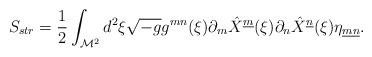
LaTeX: \begin{align*}S_{str}= {1 \over 2} \int_{{\cal M}^2} d^2 \xi \sqrt{-g} g^{mn}(\xi )\partial_m \hat{X}^{\underline{m}}(\xi ) \partial_n\hat{X}^{\underline{n}}(\xi ) \eta_{\underline{m} \underline{n}}.\end{align*}